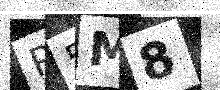
Text: P5M8